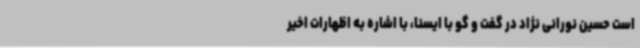
است حسین نورانی نژاد در گفت و گو با ایسنا، با اشاره به اظهارات اخیر